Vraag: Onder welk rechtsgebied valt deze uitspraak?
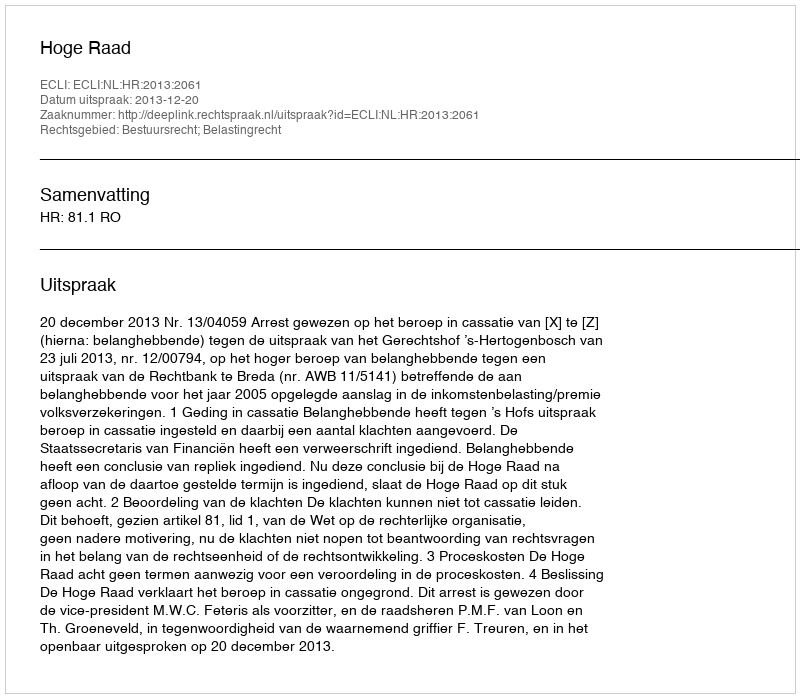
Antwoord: Bestuursrecht; Belastingrecht